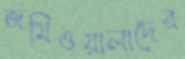
জমিওয়ালাদের